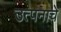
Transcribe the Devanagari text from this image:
उत्पनाचे